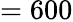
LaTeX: =600